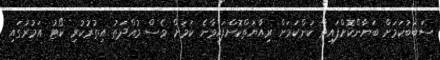
ސަބަބުކަމަށް ބަޔާންކޮށްފައިވާ ކަންކަމަށް ރިއާޔަތްކޮށްފައިވާނެ ކަމަށް ވެސް މުއްދަތު އިތުރުކުރި ކޯޓު އަމުރުގައި